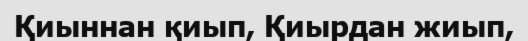
Қиыннан қиып, Қиырдан жиып,